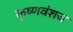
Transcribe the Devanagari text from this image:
कृष्‍णवंशज